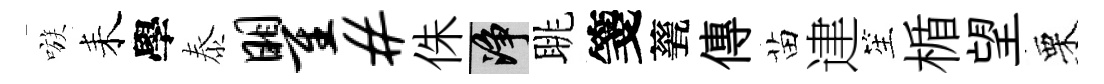
嗾耒學泰瞿#侏净眺箋甆傳苗䢖笙楯望栗